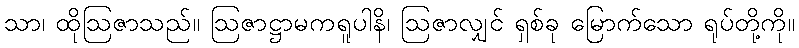
သာ၊ ထိုဩဇာသည်။ ဩဇာဋ္ဌာမကရူပါနိ၊ ဩဇာလျှင် ရှစ်ခု မြောက်သော ရုပ်တို့ကို။